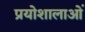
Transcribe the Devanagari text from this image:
प्रयोशालाओं